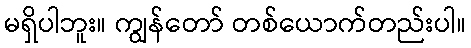
မရှိပါဘူး။ ကျွန်တော် တစ်ယောက်တည်းပါ။